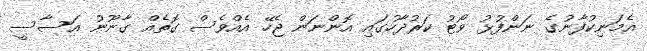
އެމަނިކުފާނުގެ ނަންފުޅު ވޯޓު ކަރުދާހުގައި އޮންނަން ޖެހޭ އެއްވެސް ގޮތެއް ގާނޫނު އަސާސީ